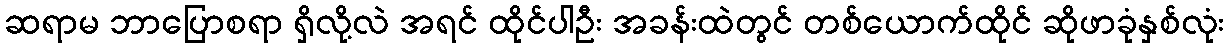
ဆရာမ ဘာပြောစရာ ရှိလို့လဲ အရင် ထိုင်ပါဦး အခန်းထဲတွင် တစ်ယောက်ထိုင် ဆိုဖာခုံနှစ်လုံး